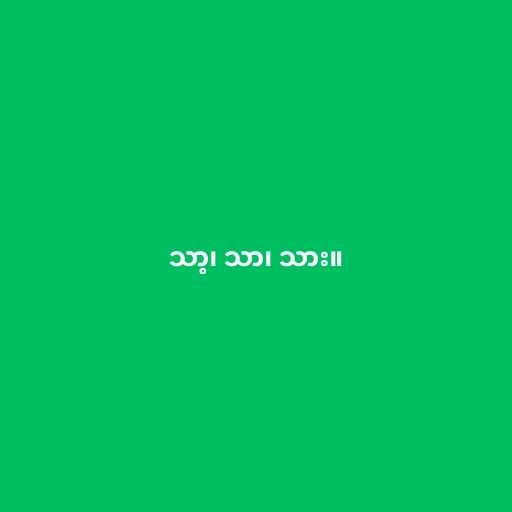
သာ့၊ သာ၊ သား။